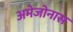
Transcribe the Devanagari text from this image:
अमेजोनास